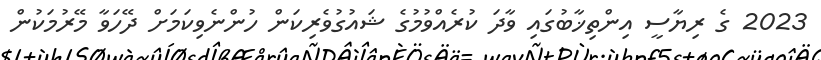
2023 ގެ ރިޔާސީ އިންތިޚާބުގައި ވާދަ ކުރެއްވުމުގެ ޝައުގުވެރިކަން ހުންނެވިކަމަށް ދޭހަވާ މޭރުމަކުން